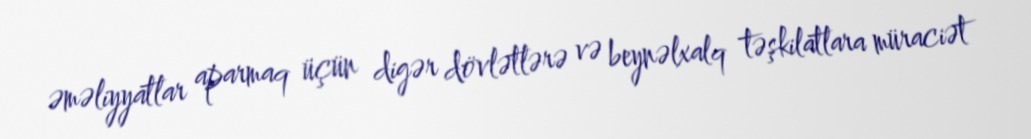
əməliyyatlar aparmaq üçün digər dövlətlərə və beynəlxalq təşkilatlara müraciət